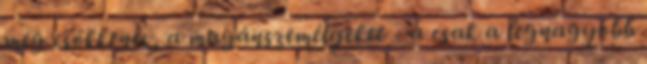
meg csökkenés, a magánszemélyeket - a csak a legnagyobb